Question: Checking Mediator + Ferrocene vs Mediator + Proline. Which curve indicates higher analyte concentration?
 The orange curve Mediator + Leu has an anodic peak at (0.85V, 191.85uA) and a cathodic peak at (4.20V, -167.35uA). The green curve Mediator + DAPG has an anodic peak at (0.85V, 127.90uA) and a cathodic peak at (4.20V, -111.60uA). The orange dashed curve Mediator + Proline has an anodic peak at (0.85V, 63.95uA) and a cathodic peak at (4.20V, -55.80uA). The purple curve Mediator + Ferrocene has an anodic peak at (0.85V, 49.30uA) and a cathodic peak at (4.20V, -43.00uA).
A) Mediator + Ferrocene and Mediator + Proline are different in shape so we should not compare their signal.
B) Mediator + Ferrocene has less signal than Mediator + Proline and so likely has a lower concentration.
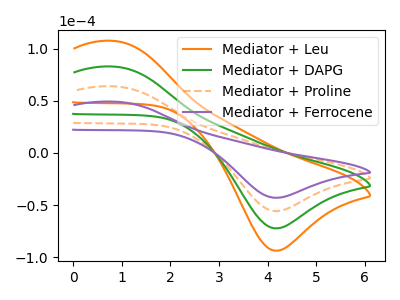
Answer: <think>All the peaks in "Mediator + Ferrocene" have a peak in "Mediator + Proline" at the same potential. Every peak in "Mediator + Ferrocene" is lower than every peak in "Mediator + Proline".
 </think>
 <answer>B) "Mediator + Ferrocene" has less signal than "Mediator + Proline" and so likely has a lower concentration.</answer>
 <eval>B</eval>